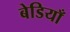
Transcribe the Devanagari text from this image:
बेडियाँ